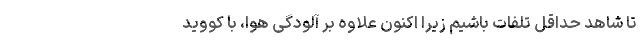
تا شاهد حداقل تلفات باشیم زیرا اکنون علاوه بر آلودگی هوا، با کووید